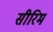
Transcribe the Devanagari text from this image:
सीरिम